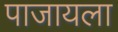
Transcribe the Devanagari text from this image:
पाजायला